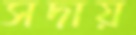
সদায়